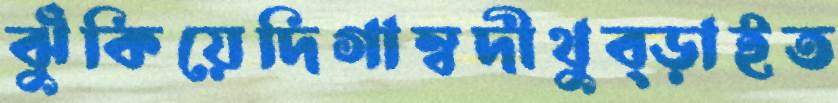
ঝুঁকিয়েদিগাম্বদীথুব্‌ড়াইত